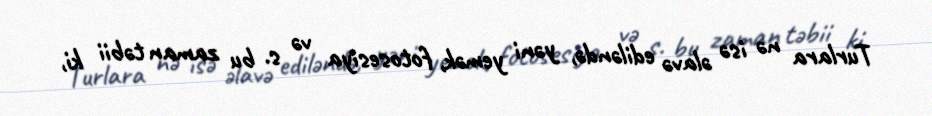
Turlara nə isə əlavə ediləndə, yəni yemək, fotosesiya və s. bu zaman təbii ki,